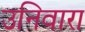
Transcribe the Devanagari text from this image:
उनिवारा